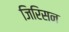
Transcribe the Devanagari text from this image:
जिरिसन